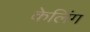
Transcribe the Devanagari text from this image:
केलिंग